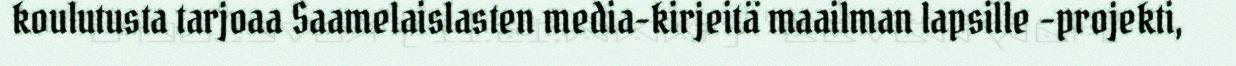
koulutusta tarjoaa Saamelaislasten media-kirjeitä maailman lapsille –projekti,